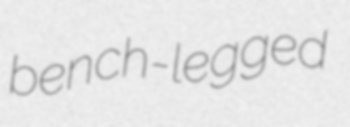
bench-legged